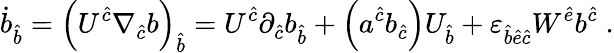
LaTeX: \dot{b}_{\hat{b}}=\left(U^{\hat{c}}\nabla_{\hat{c}}b\right)_{\hat{b}}=U^{\hat{c}}\partial_{\hat{c}}b_{\hat{b}}+\left(a^{\hat{c}}b_{\hat{c}}\right)U_{\hat{b}}+{\varepsilon}_{\hat{b}\hat{e}\hat{c}}W^{\hat{e}}b^{\hat{c}}\; .